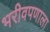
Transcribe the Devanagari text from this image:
भरीवपणाला